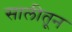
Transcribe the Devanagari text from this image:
सालीतून